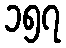
၁၅၇